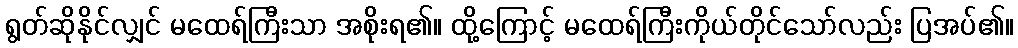
ရွတ်ဆိုနိုင်လျှင် မထေရ်ကြီးသာ အစိုးရ၏။ ထို့ကြောင့် မထေရ်ကြီးကိုယ်တိုင်သော်လည်း ပြအပ်၏။